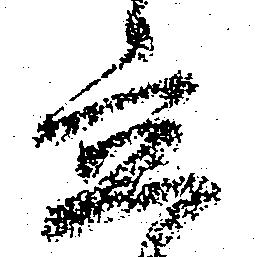
立